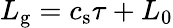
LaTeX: L_{\mathrm{g}}=c_{\mathrm{s}}\tau+L_{0}